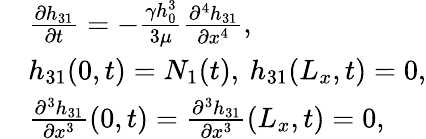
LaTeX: \begin{array}{rl}&{\frac{\partial h_{31}}{\partial t}=-\frac{\gamma h_{0}^{3}}{3\mu}\frac{\partial^{4}h_{31}}{\partial x^{4}},}\\ &{h_{31}(0,t)=N_{1}(t),\: h_{31}(L_{x},t)=0,}\\ &{\frac{\partial^{3}h_{31}}{\partial x^{3}}(0,t)=\frac{\partial^{3}h_{31}}{\partial x^{3}}(L_{x},t)=0,}\end{array}